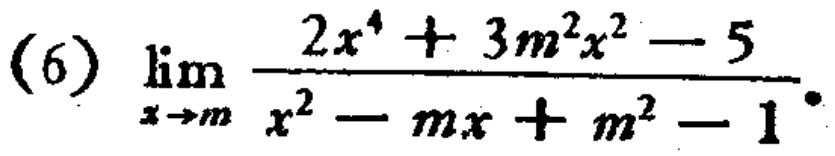
\((6)\) \(\lim_{x \to m} \frac{2x^{4}+3m^{2}x^{2}-5}{x^{2}-mx + m^{2}-1}\)